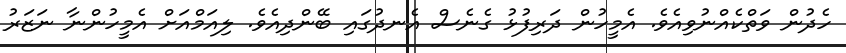
ހެދުން ވަތްކެއްނުވިއެވެ. އެމީހުން ދަރިފުޅު ގެނެސް އެނދުގައި ބޭންދިއެވެ. ލިއަމްއަށް އެމީހުންނާ ނަޒަރު